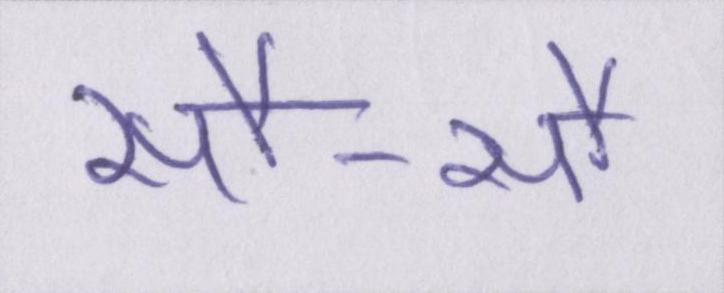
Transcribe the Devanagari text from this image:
सौ-सौ